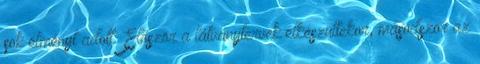
sok élményt adott. Először a látványtervek elkészültekor, másodszor az